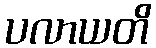
ပလာယတိ